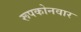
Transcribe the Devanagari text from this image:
रूपकोनवार